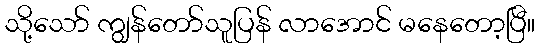
သို့သော် ကျွန်တော်သူပြန် လာအောင် မနေတော့ပြီ။